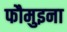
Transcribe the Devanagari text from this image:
फौमुइना